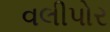
વલીપોર